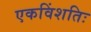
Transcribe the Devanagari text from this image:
एकविंशतिः